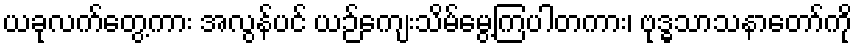
ယခုလက်တွေ့ကား အလွန်ပင် ယဉ်ကျေးသိမ်မွေ့ကြပါတကား၊ ဗုဒ္ဓသာသနာတော်ကို